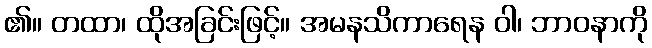
၏။ တထာ၊ ထိုအခြင်းဖြင့်။ အမနသိကာရေန ဝါ၊ ဘာဝနာကို